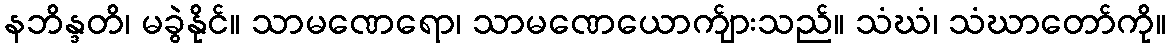
နဘိန္ဒတိ၊ မခွဲနိုင်။ သာမဏေရော၊ သာမဏေယောက်ျားသည်။ သံဃံ၊ သံဃာတော်ကို။